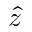
\hat { z }